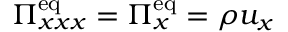
\Pi _ { x x x } ^ { \mathrm { e q } } = \Pi _ { x } ^ { \mathrm { e q } } = \rho u _ { x }